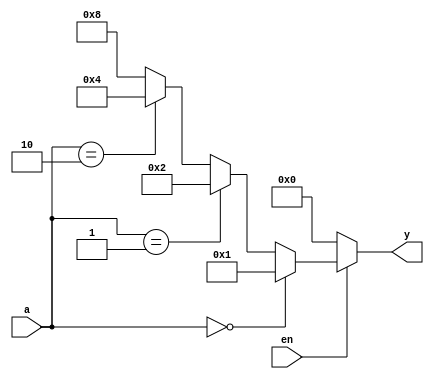
module bin_dec(
    input wire en,
    input wire[1:0] a,
    output reg[3:0] y
);
always @ *
    if(~en)
        y = 4'b0000;
    else if (a ==2'b00)
        y = 4'b0001;
    else if (a ==2'b01)
        y = 4'b0010;
    else if (a ==2'b10)
        y = 4'b0100;
    else
        y = 4'b1000;


endmodule